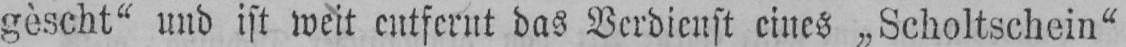
gèscht“ und ist weit entfernt das Verdienst eines „Scholtschein“